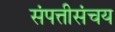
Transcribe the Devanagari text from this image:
संपत्तीसंचय